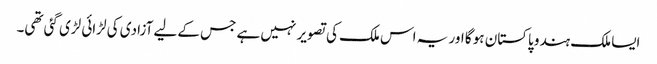
ایسا ملک ہندو پاکستان ہو گا اور یہ اس ملک کی تصویر نہیں ہے جس کے لیے آزادی کی لڑائی لڑی گئی تھی۔